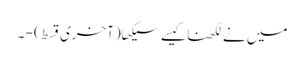
میں نےلکھناکیسےسیکھا(آخری قسط) - ۔